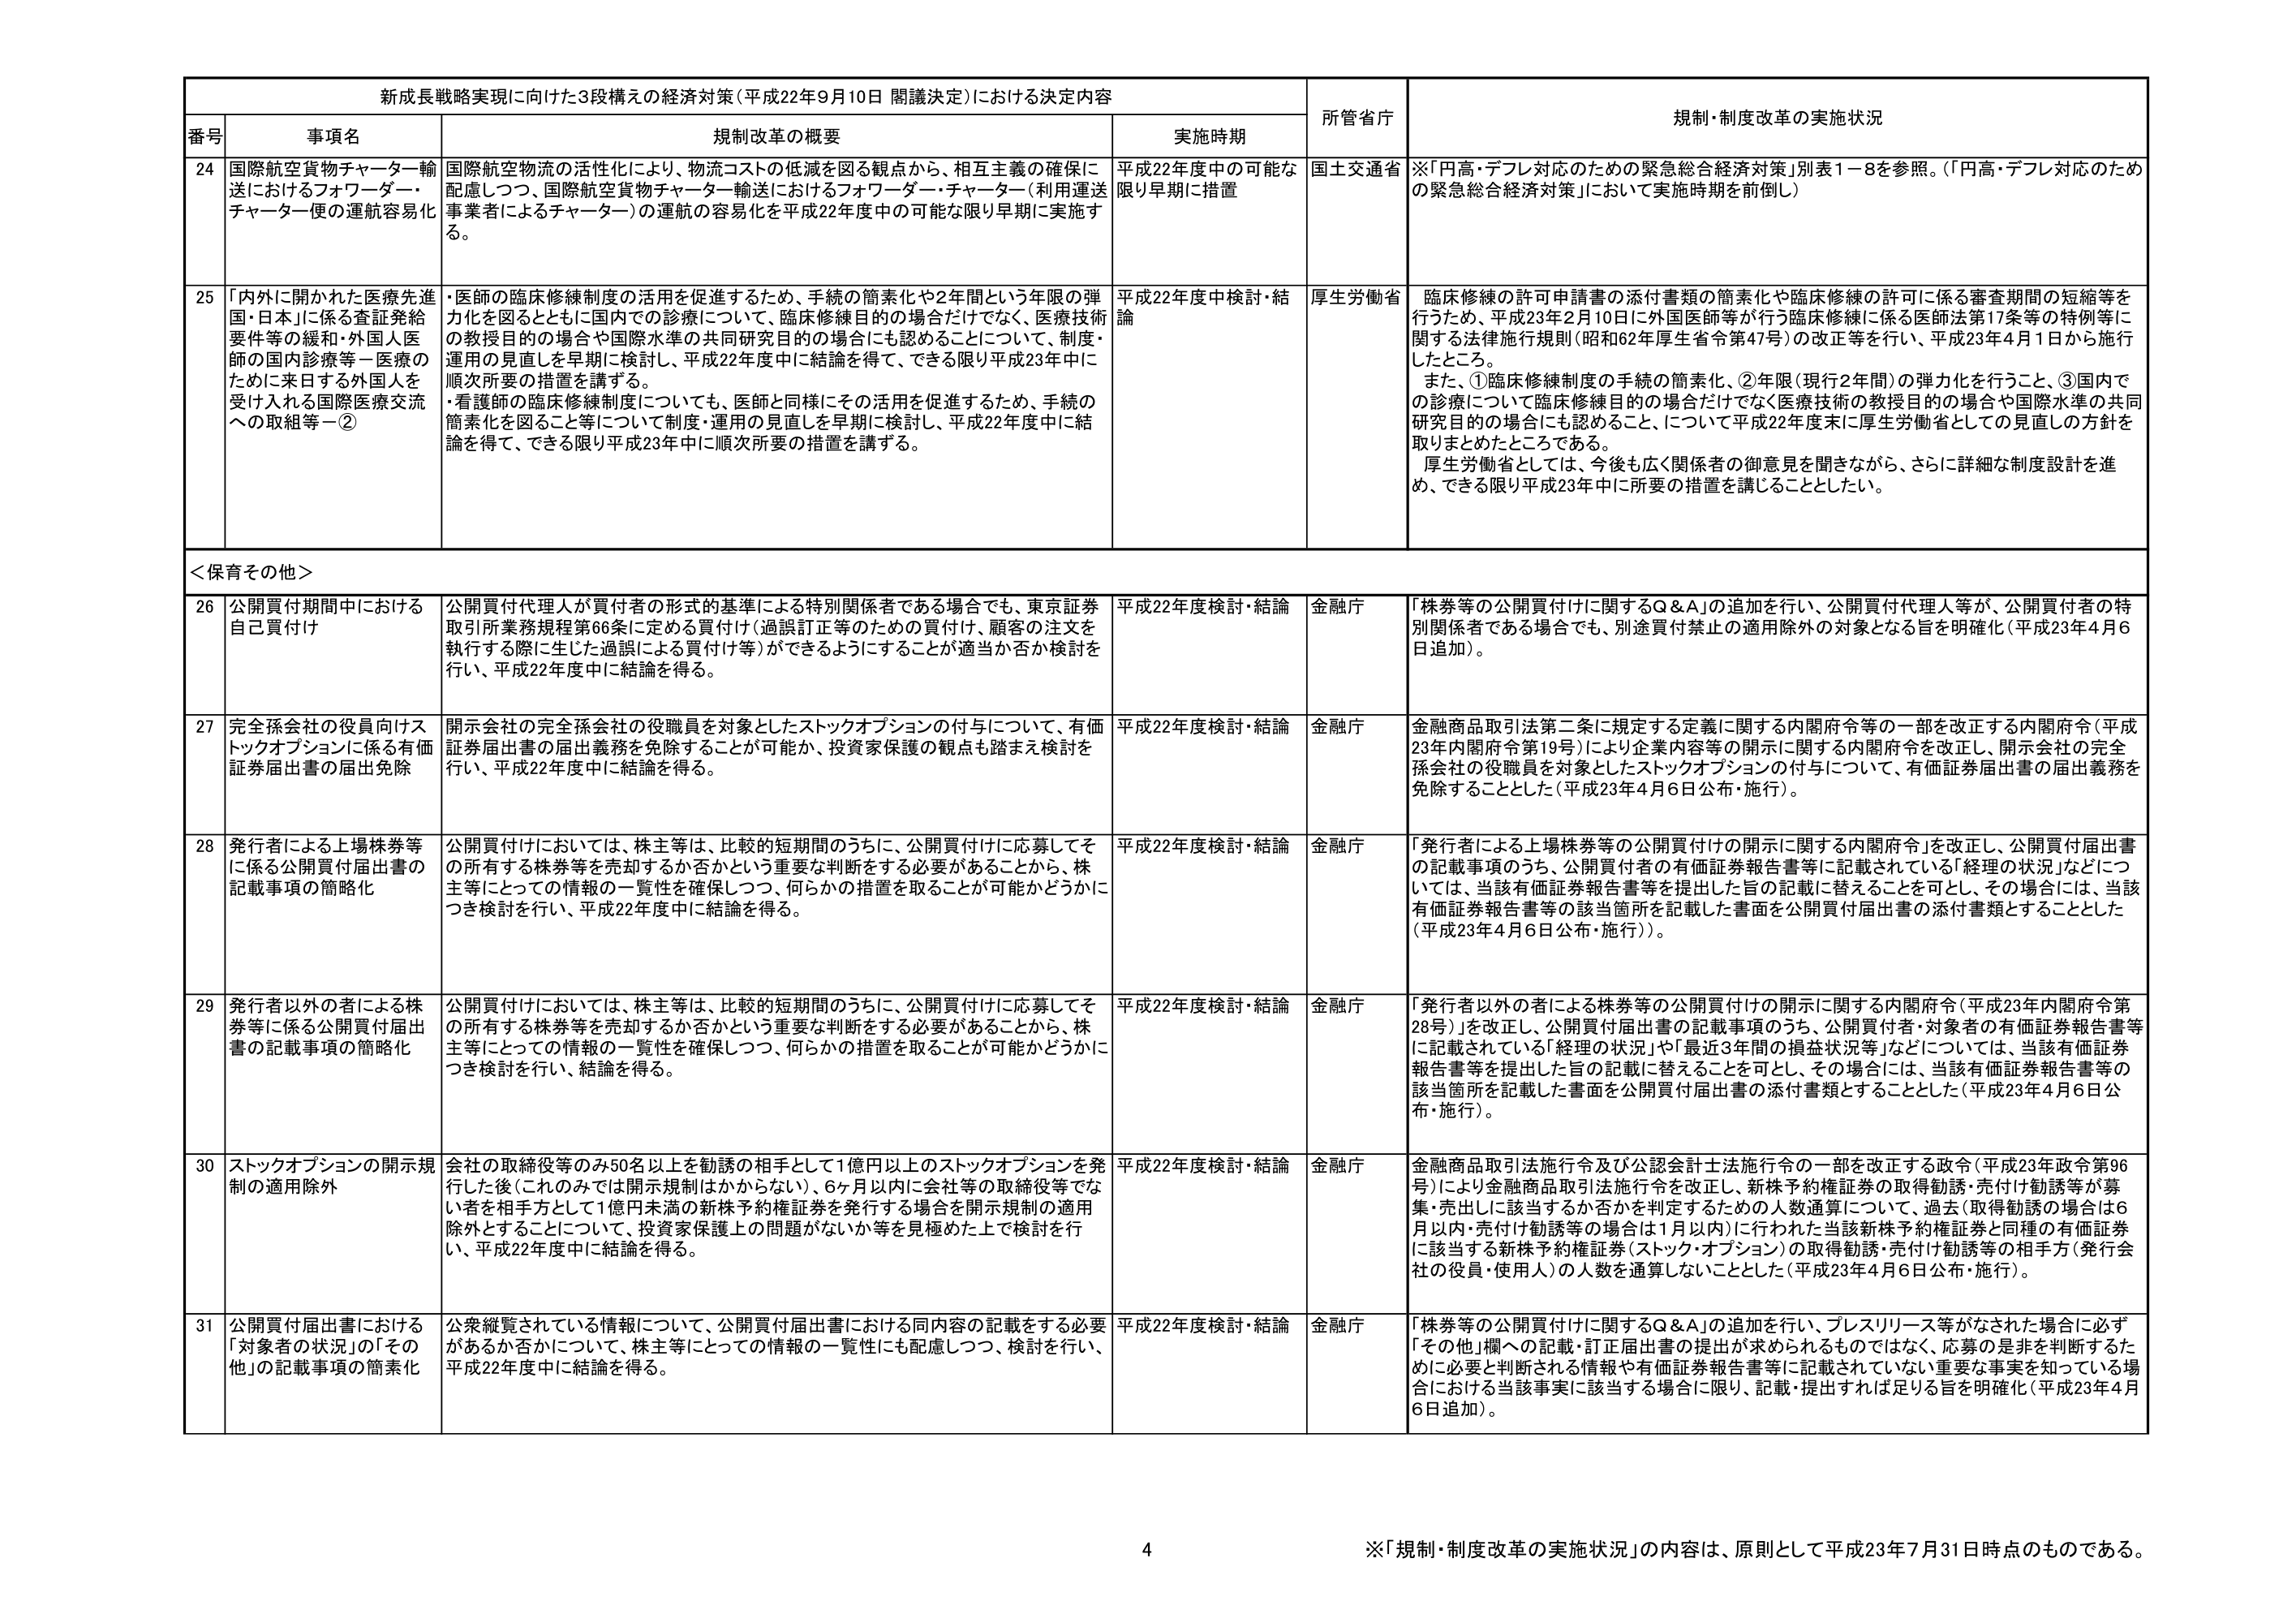
新成長戦略実現に向けた3段構えの経済対策（平成22年9月10日 閣議決定）における決定内容

番号 事項名 規制改革の概要 実施時期 所管省庁 規制・制度改革の実施状況

24 国際航空貨物チャーター輸送におけるフォワーダー・チャーター便の運航容易化 国際航空物流の活性化により、物流コストの低減を図る観点から、相互主義の確保に配慮しつつ、国際航空貨物チャーター輸送におけるフォワーダー・チャーター（利用運送事業者によるチャーター）の運航の容易化を平成22年度中の可能な限り早期に実施する。 平成22年度中の可能な限り早期に措置 国土交通省 ※「円高・デフレ対応のための緊急総合経済対策」別表1－8を参照。（「円高・デフレ対応のための緊急総合経済対策」において実施時期を前倒し）

25 「内外に開かれた医療先進国・日本」に係る査証発給要件等の緩和・外国人医師の国内診療等－医療のために来日する外国人を受け入れる国際医療交流への取組等－② ・医師の臨床修練制度の活用を促進するため、手続の簡素化や2年間という年限の弾力化を図るとともに国内での診療について、臨床修練目的の場合だけでなく、医療技術の教授目的の場合や国際水準の共同研究目的の場合にも認めることについて、制度・運用の見直しを早期に検討し、平成22年度中に結論を得て、できる限り平成23年中に順次所要の措置を講ずる。 ・看護師の臨床修練制度についても、医師と同様にその活用を促進するため、手続の簡素化を図ること等について制度・運用の見直しを早期に検討し、平成22年度中に結論を得て、できる限り平成23年中に順次所要の措置を講ずる。 平成22年度中検討・結論 厚生労働省 臨床修練の許可申請書の添付書類の簡素化や臨床修練の許可に係る審査期間の短縮等を行うため、平成23年2月10日に外国医師等が行う臨床修練に係る医師法第17条等の特例等に関する法律施行規則（昭和62年厚生省令第47号）の改正等を行い、平成23年4月1日から施行したところ。 また、①臨床修練制度の手続の簡素化、②年限（現行2年間）の弾力化を行うこと、③国内での診療について臨床修練目的の場合だけでなく医療技術の教授目的の場合や国際水準の共同研究目的の場合にも認めること、について平成22年度末に厚生労働省としての見直しの方針を取まとめたところである。 厚生労働省としては、今後も広く関係者の御意見を聞きながら、さらに詳細な制度設計を進め、できる限り平成23年中に所要の措置を講じることとした。

＜保育その他＞

26 公開買付期間中における自己買付け 公開買付代理人が買付者の形式的基準による特別関係者である場合でも、東京証券取引所業務規程第66条に定める買付け（過誤訂正等のための買付け、顧客の注文を執行する際に生じた過誤による買付け等）ができるようにすることが適当か否か検討を行い、平成22年度中に結論を得る。 平成22年度検討・結論 金融庁 「株券等の公開買付けに関するQ＆A」の追加を行い、公開買付代理人等が、公開買付者の特別関係者である場合でも、別途買付禁止の適用除外の対象となる旨を明確化（平成23年4月6日追加）。

27 完全孫会社の役員向けストックオプションに係る有価証券届出書の届出免除 開示会社の完全孫会社の役職員を対象としたストックオプションの付与について、有価証券届出書の届出義務を免除することが可能か、投資家保護の観点も踏まえ検討を行い、平成22年度中に結論を得る。 平成22年度検討・結論 金融庁 金融商品取引法第二条に規定する定義に関する内閣府令等の一部を改正する内閣府令（平成23年内閣府令第19号）により企業内容等の開示に関する内閣府令を改正し、開示会社の完全孫会社の役職員を対象としたストックオプションの付与について、有価証券届出書の届出義務を免除することとした（平成23年4月6日公布・施行）。

28 発行者による上場株券等に係る公開買付届出書の記載事項の簡略化 公開買付けにおいては、株主等は、比較的短期間のうちに、公開買付けに応募してその所有する株券等を売却するか否かという重要な判断をする必要があることから、株主等にとっての情報の一覧性を確保しつつ、何らかの措置を取ることが可能かどうかにつき検討を行い、平成22年度中に結論を得る。 平成22年度検討・結論 金融庁 「発行者による上場株券等の公開買付けの開示に関する内閣府令」を改正し、公開買付届出書の記載事項のうち、公開買付者の有価証券報告書等に記載されている「経理の状況」などについては、当該有価証券報告書等を提出した旨の記載に替えることを可とし、その場合には、当該有価証券報告書等の該当箇所を記載した書面を公開買付届出書の添付書類とすることとした（平成23年4月6日公布・施行）。

29 発行者以外の者による株券等に係る公開買付届出書の記載事項の簡略化 公開買付けにおいては、株主等は、比較的短期間のうちに、公開買付けに応募してその所有する株券等を売却するか否かという重要な判断をする必要があることから、株主等にとっての情報の一覧性を確保しつつ、何らかの措置を取ることが可能かどうかにつき検討を行い、結論を得る。 平成22年度検討・結論 金融庁 「発行者以外の者による株券等の公開買付けの開示に関する内閣府令（平成23年内閣府令第28号）」を改正し、公開買付届出書の記載事項のうち、公開買付者・対象者の有価証券報告書等に記載されている「経理の状況」や「最近3年間の損益状況等」などについては、当該有価証券報告書等を提出した旨の記載に替えることを可とし、その場合には、当該有価証券報告書等の該当箇所を記載した書面を公開買付届出書の添付書類とすることとした（平成23年4月6日公布・施行）。

30 ストックオプションの開示規制の適用除外 会社の取締役等のみ50名以上を勧誘の相手として1億円以上のストックオプションを発行した後（これのみでは開示規制はかからない）、6ヶ月以内に会社等の取締役等でない者を相手方として1億円未満の新株予約権証券を発行する場合を開示規制の適用除外とする点について、投資家保護上の問題がないか等を見極めた上で検討を行い、平成22年度中に結論を得る。 平成22年度検討・結論 金融庁 金融商品取引法施行令及び公認会計士法施行令の一部を改正する政令（平成23年政令第96号）により金融商品取引法施行令を改正し、新株予約権証券の取得勧誘・売付け勧誘等が募集・売出しに該当するか否かを判定するための人数通算について、過去（取得勧誘の場合は6月以内・売付け勧誘等の場合は1月以内）に行われた当該新株予約権証券と同種の有価証券に該当する新株予約権証券（ストック・オプション）の取得勧誘・売付け勧誘等の相手方（発行会社の役員・使用人）の人数を通算しないこととした（平成23年4月6日公布・施行）。

31 公開買付届出書における「対象者の状況」の「その他」の記載事項の簡素化 公衆縦覧されている情報について、公開買付届出書における同内容の記載をする必要があるか否かについて、株主等にとっての情報の一覧性にも配慮しつつ、検討を行い、平成22年度中に結論を得る。 平成22年度検討・結論 金融庁 「株券等の公開買付けに関するQ＆A」の追加を行い、プレスリリース等がなされた場合に必ず「その他」欄への記載・訂正届出書の提出が求められるものではなく、応募の是非を判断するために必要と判断される情報や有価証券報告書等に記載されていない重要な事実を知っている場合における当該事実に該当する場合に限り、記載・提出すれば足りる旨を明確化（平成23年4月6日追加）。

4
※「規制・制度改革の実施状況」の内容は、原則として平成23年7月31日時点のものである。